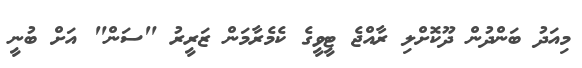
މިއަދު ބަންދުން ދޫކޮށްލި ރާއްޖެ ޓީވީގެ ކެމެރާމަން ޒަރީރު "ސަން" އަށް ބުނީ